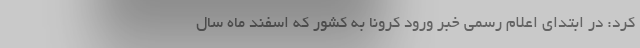
کرد: در ابتدای اعلام رسمی خبر ورود کرونا به کشور که اسفند ماه سال